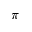
\pi